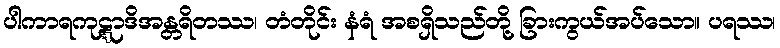
ပါကာရကုဋ္ဋာဒိအန္တရိတဿ၊ တံတိုင်း နံရံ အစရှိသည်တို့ ခြားကွယ်အပ်သော။ ပရဿ၊